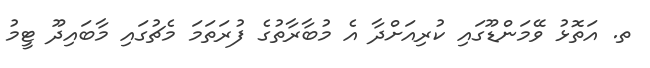
ތ. އަތޮޅު ވޭމަންޑޫގައި ކުރިއަށްދާ އެ މުބާރާތުގެ ފުރަތަމަ މެޗުގައި މާބައިދޫ ޓީމު